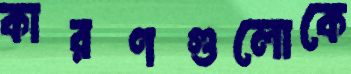
কারণগুলোকে